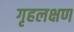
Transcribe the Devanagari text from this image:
गृहलक्षण